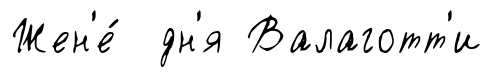
Жен'е́ дн'я Валаготт'и